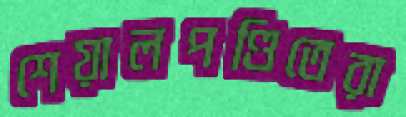
শেয়ালপণ্ডিতেরা